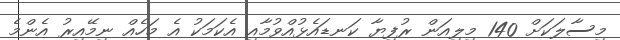
މިސާލަކަށް 140 މިލިއަން ރުފިޔާ ކަނޑައެޅުއްވުމާއި އެކަމަކު އެ މަހެއް ނިމޭއިރު އެންމެ